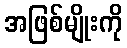
အဖြစ်မျိုးကို